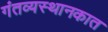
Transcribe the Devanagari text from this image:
गंतव्यस्थानकात